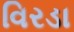
વિરડા